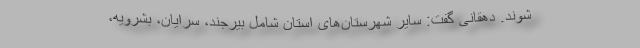
شوند. دهقانی گفت: سایر شهرستان‌های استان شامل بیرجند، سرایان، بشرویه،